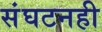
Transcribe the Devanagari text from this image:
संघटनही